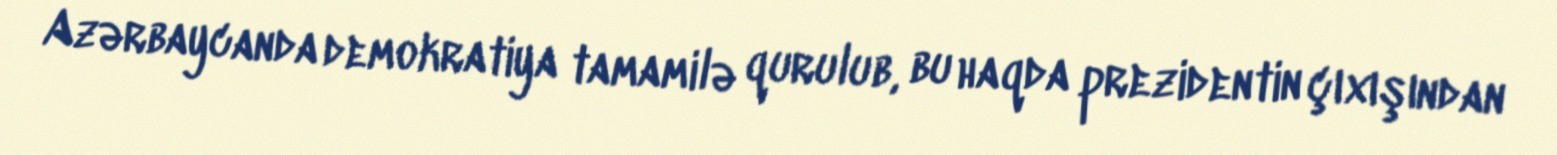
Azərbaycanda demokratiya tamamilə qurulub, bu haqda prezidentin çıxışından